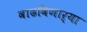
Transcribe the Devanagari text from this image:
वाढविणाऱ्या